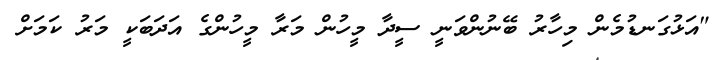
"އަޅުގަނޑުމެން މިހާރު ބޭނުންވަނީ ސީދާ މީހުން މަރާ މީހުންގެ އަދަބަކީ މަރު ކަމަށް